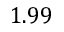
1 . 9 9